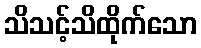
သိသင့်သိထိုက်သော